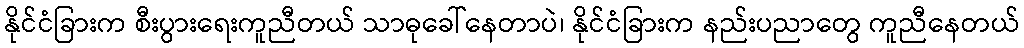
နိုင်ငံခြားက စီးပွားရေးကူညီတယ် သာဓုခေါ်နေတာပဲ၊ နိုင်ငံခြားက နည်းပညာတွေ ကူညီနေတယ်